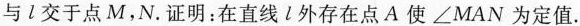
与l交于点M，N.证明：在直线l外存在点A使\angle MAN为定值.